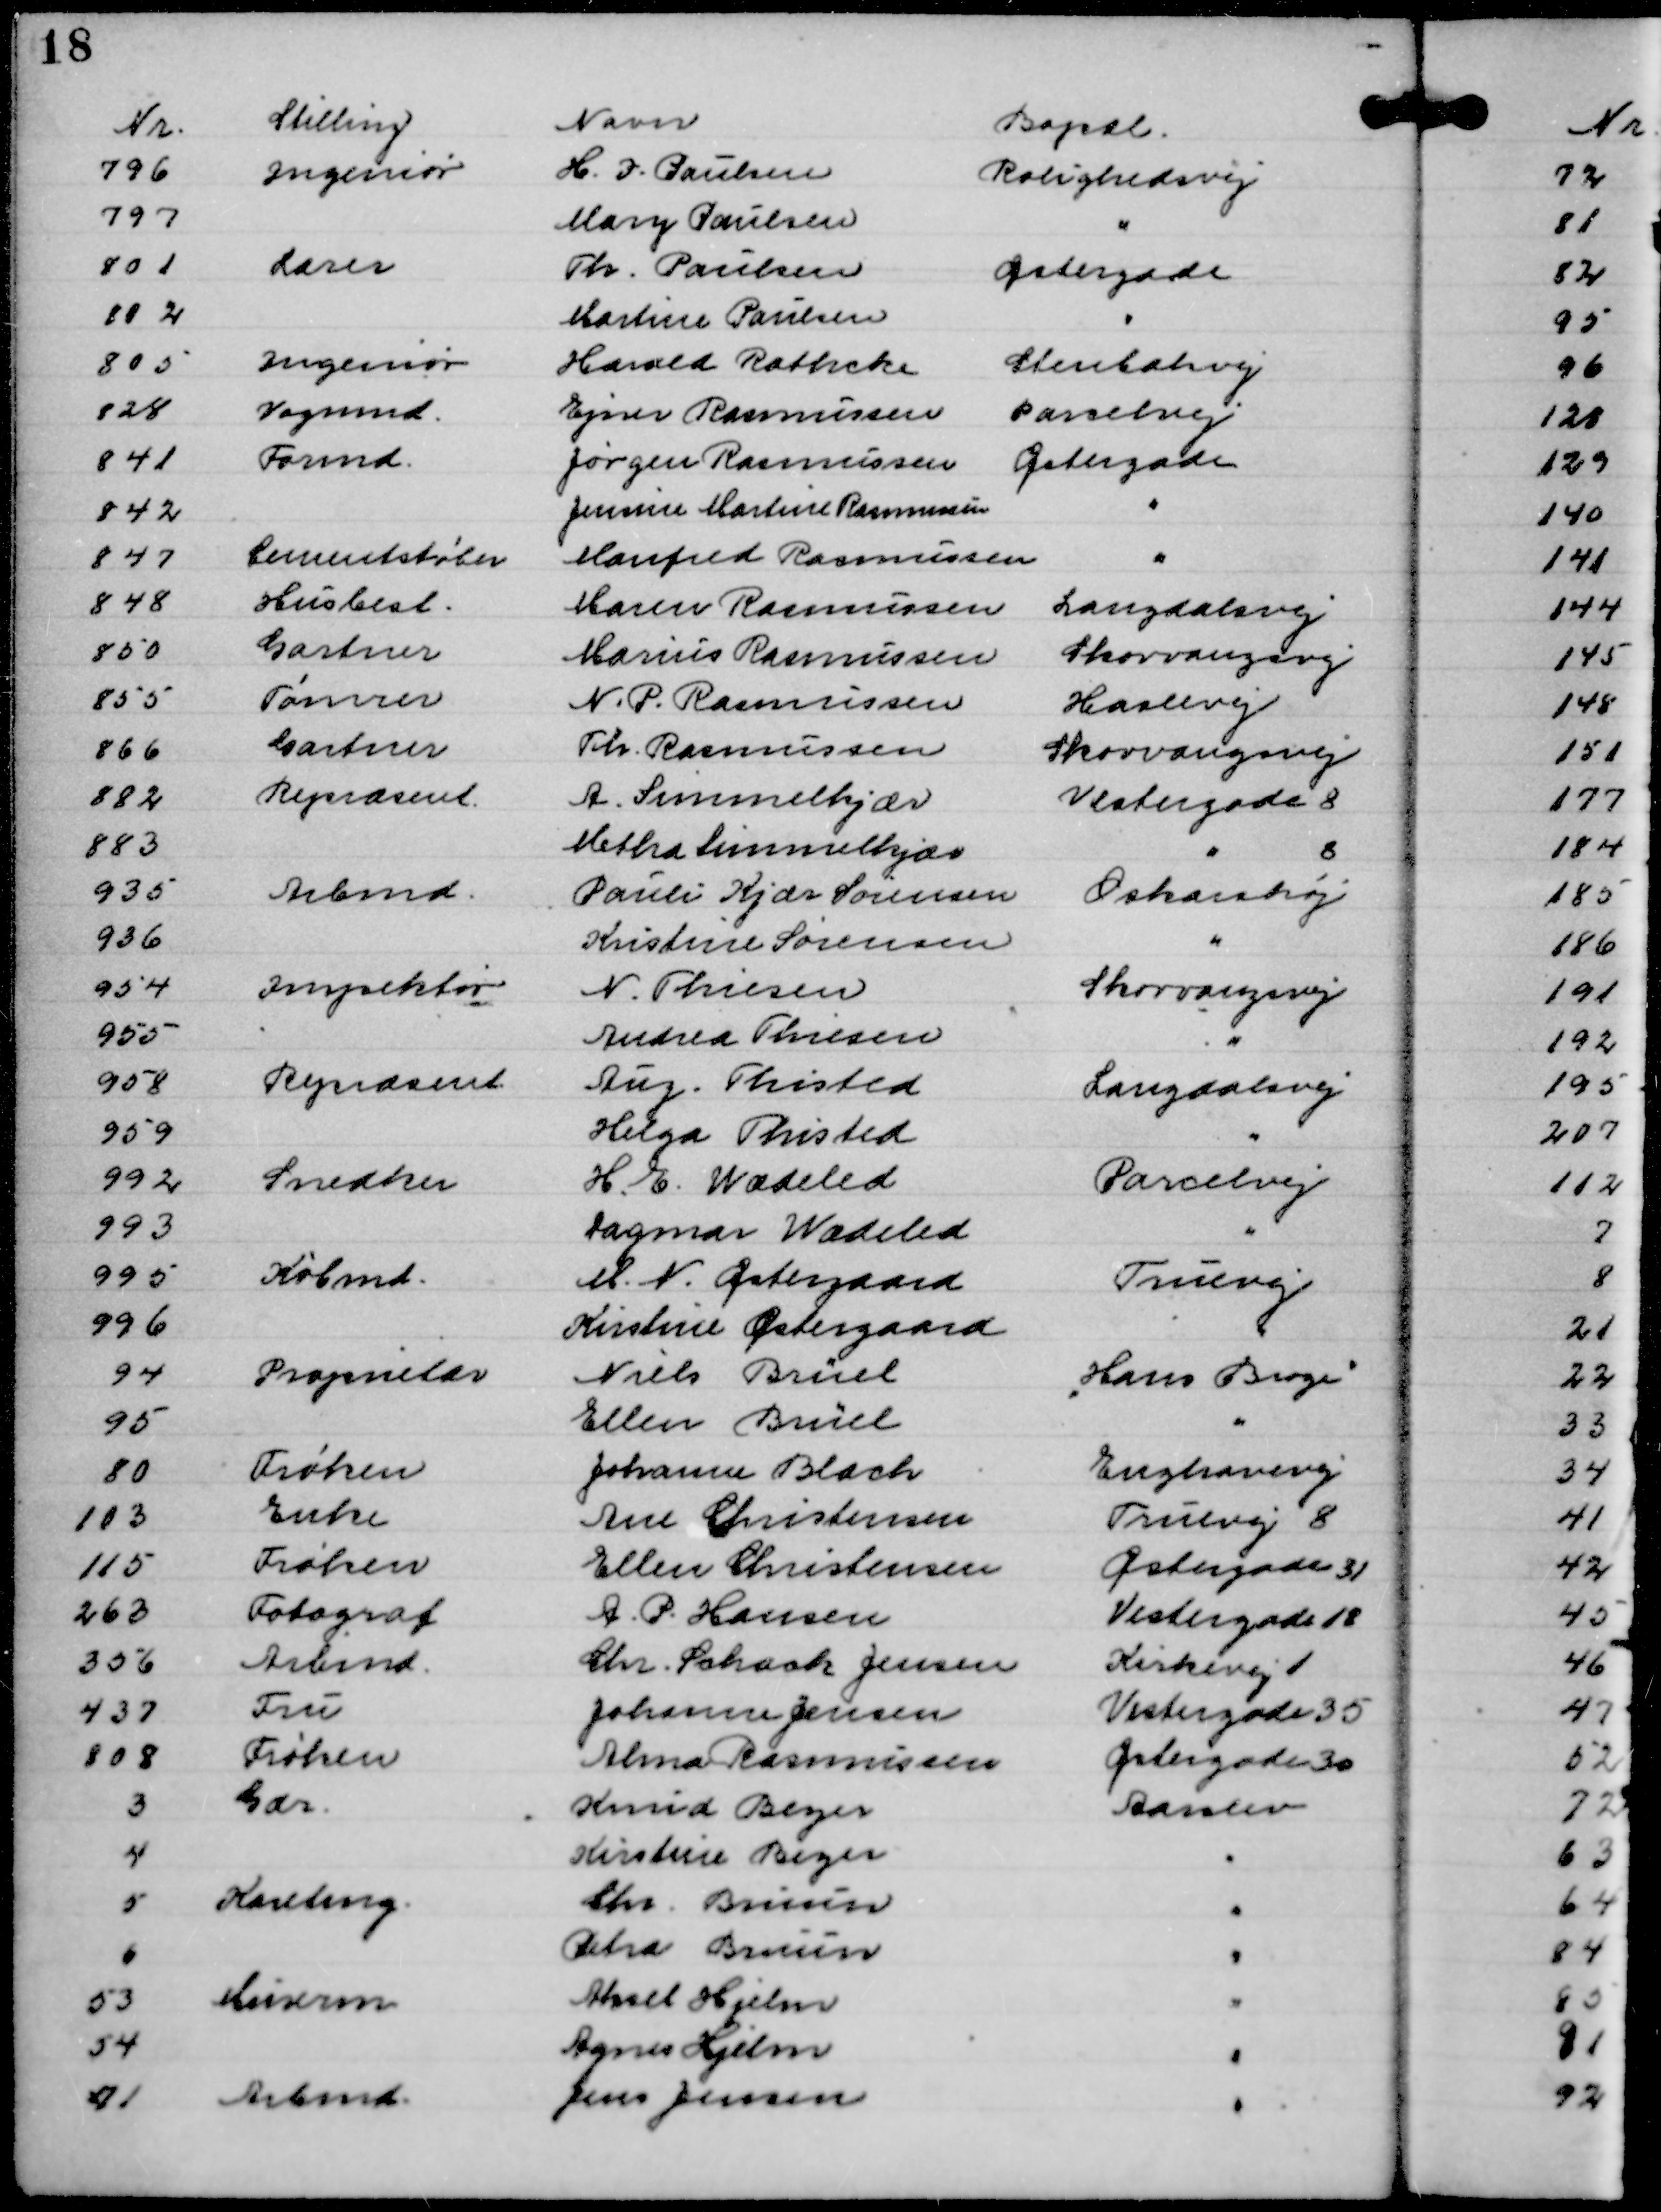
Transskription:
Nr.
Stilling
Navn
Bopæl.
796
Ingeniør
H. I. Paulsen
Rolighedsvej
797
Mary Paulsen
"
801
Lærer
Th. Paulsen
Østergade
802
Martine Paulsen
"
805
Ingeniør
Harald Rathcke
Stenbæksvej
828
Vognmd.
Ejner Rasmussen
Parcelvej
841
Formd.
Jørgen Rasmussen
Østergade
842
Jensine Martine Rasmussen
"
847
Cementstøber
Manfred Rasmussen
"
848
Husbest.
Maren Rasmussen
Langdalsvej
850
Gartner
Marius Rasmussen
Skovvangsvej
855
Tømrer
N. P. Rasmussen
Haslevej
866
Gartner
Th. Rasmussen
Skovvangsvej
882
Repræsent.
A Simmelkjær
Vestergade 8
883
Metha Simmelkjær
" 8
935
Arbmd.
Pauli Kjær Sørensen
Oskarshøj
936
Kristine Sørensen
"
954
Inspektør
N. Thiesen
Skovvangsvej
955
Andrea Thiesen
"
958
Repræsent
Aug. Thisted
Langdalsvej
959
Helga Thisted
"
992
Snedker
H. E. Wædeled
Parcelvej
993
Dagmar Wædeled
"
995
Købmd.
M. N. Østergaard
Truevej
996
Kirstine Østergaard
"
94
Proprietær
Niels Brüel

"Hans Broge"

95
Ellen Brüel
"
80
Frøken
Johanne Blach
Enghavevej
103
Enke
Ane Christensen
Truevej 8
115
Frøken
Ellen Christensen
Østergade 31
263
Fotograf
A. P. Hansen
Vestergade 18
356
Arbmd.
Chr. Schack Jensen
Kirkevej 1
437
Fru
Johanne Jensen
Vestergade 35
808
Frøken
Alma Rasmussen
Østergade 30
3
Gdr.
Knud Beyer
Aarslev
4
Kirstine Beyer
"
5
Karetmg.
Chr. Bruun
"
6
Petra Bruun
"
53
Murerm
Aksel Hjelm
"
54
Agnes Hjelm
"
71
Arbmd.
Jens Jensen
"